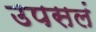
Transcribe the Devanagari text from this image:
उपसलं